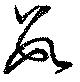
數